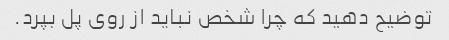
توضیح دهید که چرا شخص نباید از روی پل بپرد.